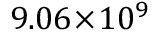
9 . 0 6 \! \times \! 1 0 ^ { 9 }